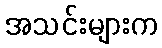
အသင်းများက